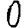
Digit: 0